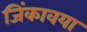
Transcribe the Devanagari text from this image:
जिंकावया